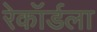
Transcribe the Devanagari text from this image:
रेकॉर्डला